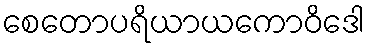
စေတောပရိယာယကောဝိဒေါ